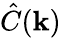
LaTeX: {\hat{C}}(\mathbf{k})